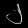
Digit: ၂